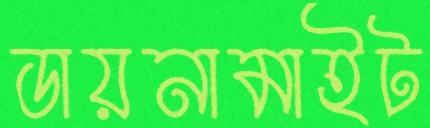
ডায়নামাইট